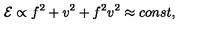
{ \cal E } \propto f ^ { 2 } + v ^ { 2 } + f ^ { 2 } v ^ { 2 } \approx c o n s t ,